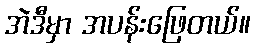
အဲဒီမှာ အပန်းဖြေတယ်။